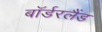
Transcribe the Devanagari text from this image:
बॉर्डरलैंड